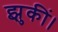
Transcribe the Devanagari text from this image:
झुकीं।